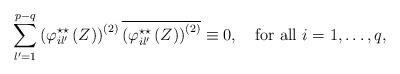
LaTeX: \begin{align*}\displaystyle\sum_{l'=1}^{p-q }\left(\varphi_{il'}^{\star\star }\left(Z\right)\right)^{(2)}\overline{\left(\varphi_{il'}^{\star\star }\left(Z\right)\right)^{(2)}}\equiv 0,\quad\mbox{for all $i=1,\dots,q$,}\end{align*}